Document type: Emphyteutic lease
Year: 1316
Scribe: Guillem de Vila
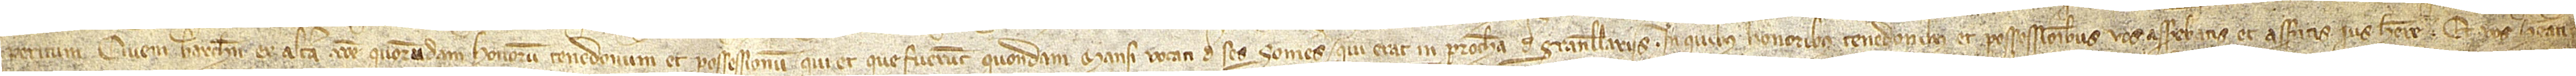
peritum, civem Barchinone, ex altera, ratione quorumdam honorum, tenedonum et possessionum qui et que fuerunt quondam mansi vocati de ses Someres, qui erat in parrochia de Granullariis, in quibus honoribus, tenedonibus et possessionibus vos asserebatis et asseritis ius habere, et vos habeatis,